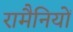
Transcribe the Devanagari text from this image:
रामैनियों